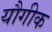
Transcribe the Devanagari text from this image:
यौगीक